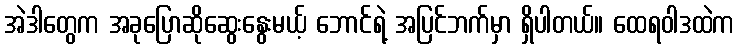
အဲဒါတွေက အခုပြောဆိုဆွေးနွေးမယ့် ဘောင်ရဲ့ အပြင်ဘက်မှာ ရှိပါတယ်။ ထေရဝါဒထဲက